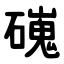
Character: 䃬